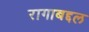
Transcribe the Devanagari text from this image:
रागाबद्दल